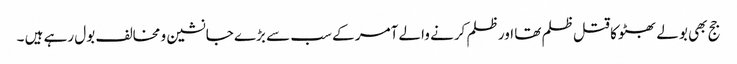
جج بھی بولے بھٹو کا قتل ظلم تھا اور ظلم کرنے والے آمر کے سب سے بڑے جانشین و مخالف بول رہے ہیں ۔